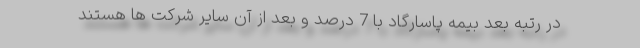
در رتبه بعد بیمه پاسارگاد با 7 درصد و بعد از آن سایر شرکت ها هستند